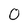
Character: O